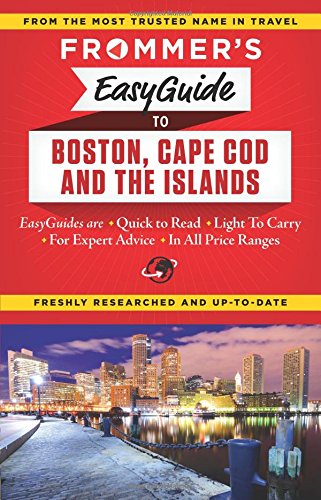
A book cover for Frommer's EasyGuide to Boston, Cape Cod and the Islands (Easy Guides); Laura M. Reckford; Travel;